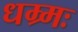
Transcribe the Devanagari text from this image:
धम्र्मः